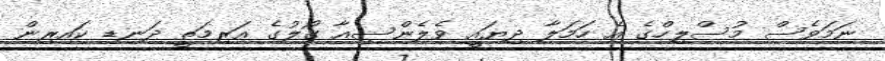
ނަމަވެސް މުސްލިހްގެ އެ ހަމަލާ ދިޔައީ ވެލެންސިއާ ގޯލުގެ އަރިމަތީ ދަނޑި ކައިރިން